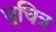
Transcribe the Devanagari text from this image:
भूचित्र